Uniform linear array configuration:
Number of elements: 24
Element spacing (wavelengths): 0.75
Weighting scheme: blackman
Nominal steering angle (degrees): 60
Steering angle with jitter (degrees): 58.154
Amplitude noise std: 0.05
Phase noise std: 0.05

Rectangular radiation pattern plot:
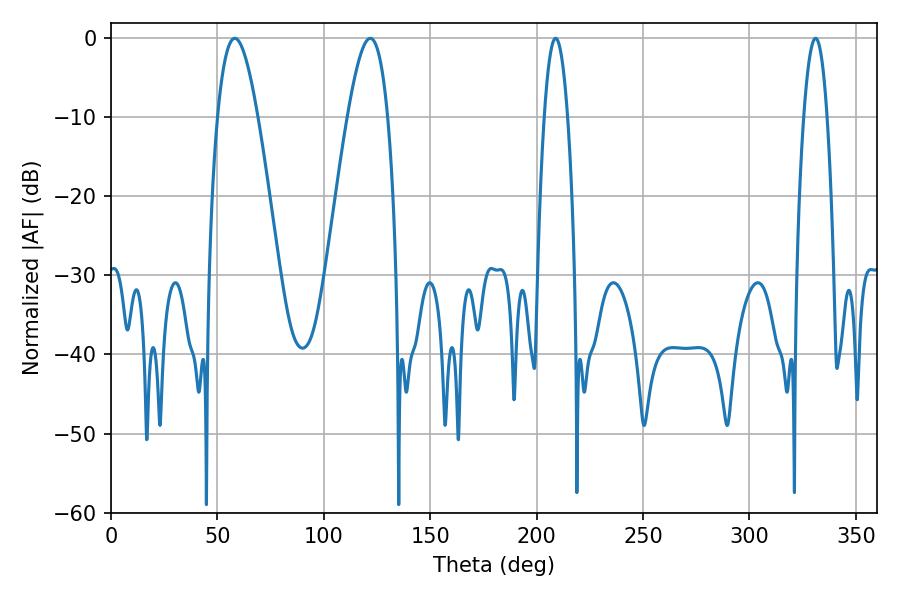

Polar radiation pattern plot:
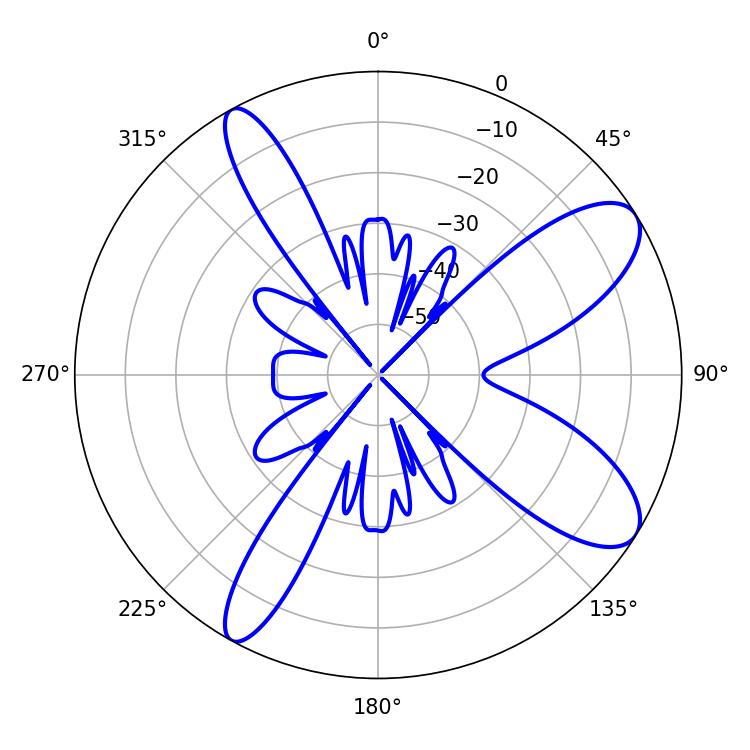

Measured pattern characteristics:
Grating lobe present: TRUE
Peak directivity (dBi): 9.557
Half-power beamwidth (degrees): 10.26
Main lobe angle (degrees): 58.14